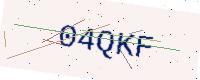
Text: 04QKF